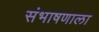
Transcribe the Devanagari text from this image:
संभाषणाला